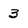
Character: 3